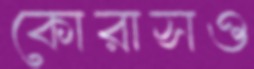
কোরাসও